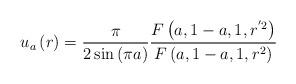
LaTeX: \begin{align*} u_{a}\left(r\right)=\frac{\pi}{2\sin\left(\pi a\right)}\frac{F\left(a,1-a,1,r^{'2}\right)}{F\left(a,1-a,1,r^{2}\right)}\end{align*}